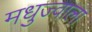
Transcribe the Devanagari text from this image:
मधुज्वाला